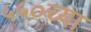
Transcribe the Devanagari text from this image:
५५०च्या